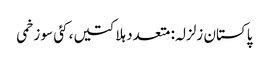
پاکستان زلزلہ: متعدد ہلاکتیں، کئی سو زخمی